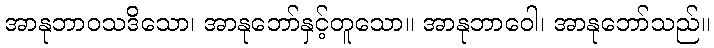
အာနုဘာဝသဒိသော၊ အာနုဘော်နှင့်တူသော။ အာနုဘာဝေါ၊ အာနုဘော်သည်။